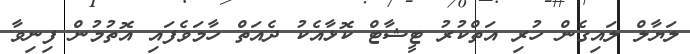
ލަޔާލް ލައިގެން ހުރި އަތްކުރު ޓީޝާޓް ކޮޅާއެކު ދެއަތް ހާމަވެފައި އޮތުމުން ފިނިވާ